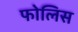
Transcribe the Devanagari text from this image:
फोलिस